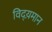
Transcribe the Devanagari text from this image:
विद्य़मान